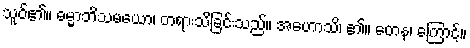
သူဝ်၏။ ဓမ္မာဘိသမယော၊ တရားသိခြင်းသည်။ အဟောသိ၊ ၏။ တေန၊ ကြောင့်။